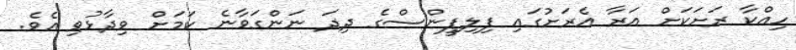
ހިއްކާ ރަށަކަށް އަރާ އެރަށުގައި ފިލިޕީންސްގެ ދިދަ ނަންގަވާނެ ކަމަށް ވިދާޅުވި އެވެ.